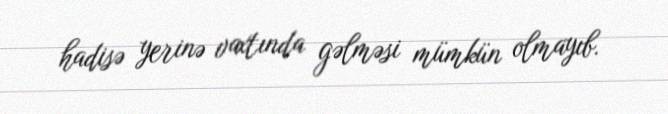
hadisə yerinə vaxtında gəlməsi mümkün olmayıb.